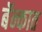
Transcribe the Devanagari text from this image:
बॅन्कात